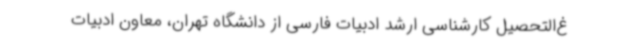
غ‌التحصیل کارشناسی ارشد ادبیات فارسی از دانشگاه تهران، معاون ادبیات